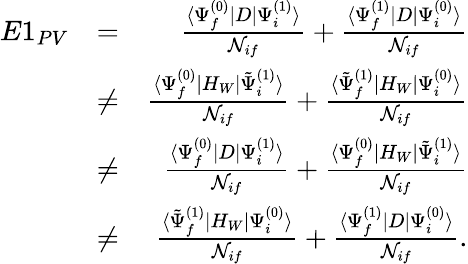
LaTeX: \begin{array}{rlr}{E1_{PV}}&{=}&{\frac{\langle\Psi_{f}^{(0)}|D|\Psi_{i}^{(1)}\rangle}{{\cal N}_{if}}+\frac{\langle\Psi_{f}^{(1)}|D|\Psi_{i}^{(0)}\rangle}{{\cal N}_{if}}}\\ &{\ne}&{\frac{\langle\Psi_{f}^{(0)}|H_{W}|\tilde{\Psi}_{i}^{(1)}\rangle}{{\cal N}_{if}}+\frac{\langle\tilde{\Psi}_{f}^{(1)}|H_{W}|\Psi_{i}^{(0)}\rangle}{{\cal N}_{if}}}\\ &{\ne}&{\frac{\langle\Psi_{f}^{(0)}|D|\Psi_{i}^{(1)}\rangle}{{\cal N}_{if}}+\frac{\langle\Psi_{f}^{(0)}|H_{W}|\tilde{\Psi}_{i}^{(1)}\rangle}{{\cal N}_{if}}}\\ &{\ne}&{\frac{\langle\tilde{\Psi}_{f}^{(1)}|H_{W}|\Psi_{i}^{(0)}\rangle}{{\cal N}_{if}}+\frac{\langle\Psi_{f}^{(1)}|D|\Psi_{i}^{(0)}\rangle}{{\cal N}_{if}}.}\end{array}